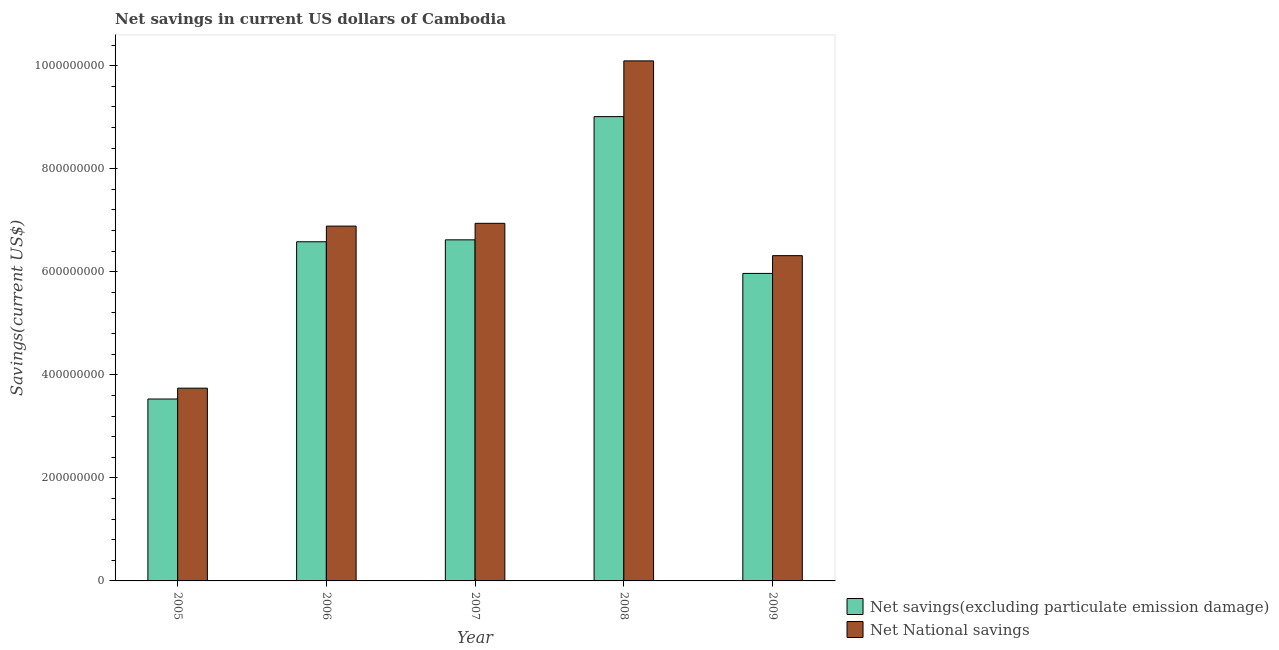
| Year | Net savings(excluding particulate emission damage) | Net National savings |
 | --- | --- | --- |
 | 2005 | 3.53e+08 | 3.74e+08 |
 | 2006 | 6.58e+08 | 6.89e+08 |
 | 2007 | 6.62e+08 | 6.94e+08 |
 | 2008 | 9.01e+08 | 1.01e+09 |
 | 2009 | 5.97e+08 | 6.31e+08 |